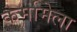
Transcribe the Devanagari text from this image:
कर्मामेला